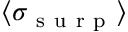
\langle \sigma _ { \mathrm { ~ s ~ u ~ r ~ p ~ } } \rangle